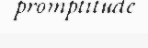
promptitude